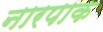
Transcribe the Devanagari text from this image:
नारपाक